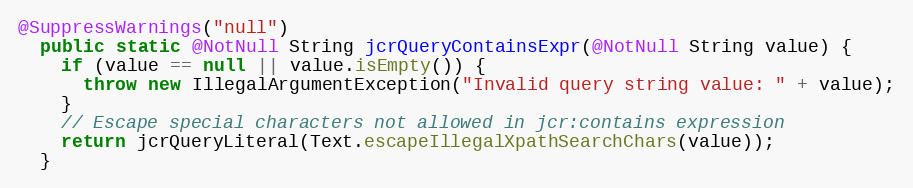
Language: Java
@SuppressWarnings("null")
  public static @NotNull String jcrQueryContainsExpr(@NotNull String value) {
    if (value == null || value.isEmpty()) {
      throw new IllegalArgumentException("Invalid query string value: " + value);
    }
    // Escape special characters not allowed in jcr:contains expression
    return jcrQueryLiteral(Text.escapeIllegalXpathSearchChars(value));
  }